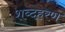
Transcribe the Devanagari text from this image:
शब्दहरण